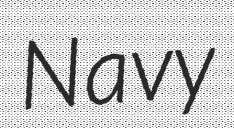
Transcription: Navy